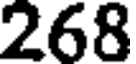
268